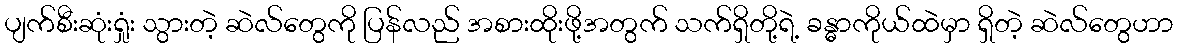
ပျက်စီးဆုံးရှုံး သွားတဲ့ ဆဲလ်တွေကို ပြန်လည် အစားထိုးဖို့အတွက် သက်ရှိတို့ရဲ့ ခန္ဓာကိုယ်ထဲမှာ ရှိတဲ့ ဆဲလ်တွေဟာ